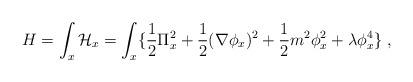
LaTeX: \begin{align*}H=\int_x {\cal H}_x=\int_x \{{\frac {1}{2}}\Pi^{2}_x +{\frac {1}{2}}(\nabla\phi_x)^2 +{\frac {1}{2}}m^2\phi_x^2 + \lambda\phi_x^4\} \;,\end{align*}